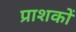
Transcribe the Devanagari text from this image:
प्राशकों